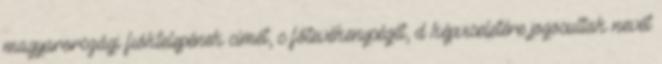
magyarországi fióktelepének címét, c főtevékenységét, d képviseletére jogosultak nevét